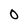
Character: O